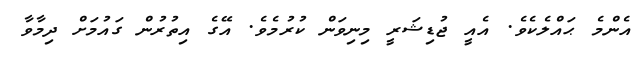
އެންމެ ޙައްލެކެވެ. އެއީ ޖުޑިޝަރީ މިނިވަން ކުރުމެވެ. އޭގެ އިތުރުން ގައުމަށް ދިމާވާ